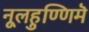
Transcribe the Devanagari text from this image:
नूलहुण्णिमॆ